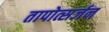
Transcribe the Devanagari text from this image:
तापोत्सर्जन